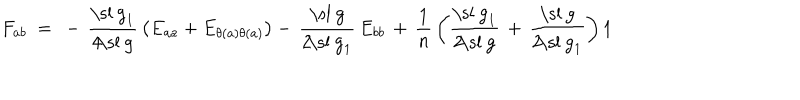
F _ { a b } ~ = ~ - \, { \frac { \mathrm { \ s l ~ g } _ { 1 } } { 4 \! \mathrm { \ s l ~ g } } } \left( E _ { a a } + E _ { \theta ( a ) \theta ( a ) } \right) - \, { \frac { \mathrm { \ s l ~ g } } { 2 \! \mathrm { \ s l ~ g } _ { 1 } } } \, E _ { b b } \, + \, { \frac { 1 } { n } } \left( { \frac { \mathrm { \ s l ~ g } _ { 1 } } { 2 \! \mathrm { \ s l ~ g } } } \, + \, { \frac { \mathrm { \ s l ~ g } } { 2 \! \mathrm { \ s l ~ g } _ { 1 } } } \right) 1